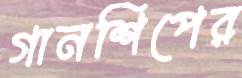
গানশিপের